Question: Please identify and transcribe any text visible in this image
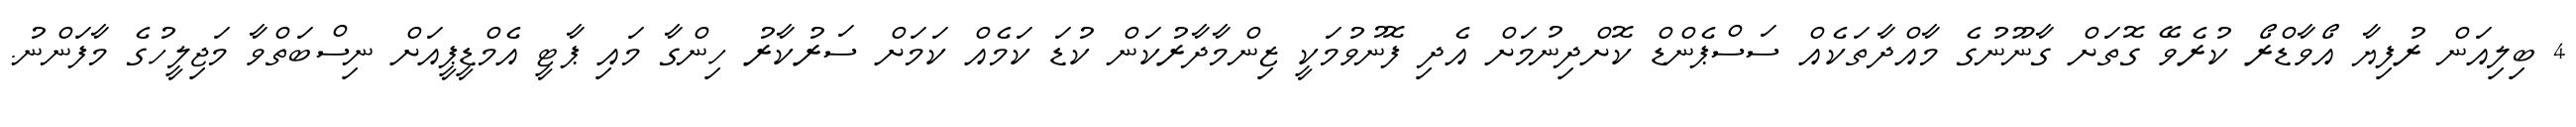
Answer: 4 ބިލިއަން ރުފިޔާ އޯވާޑްރޯ ކުރެވޭ ގޮތަށް ގާނޫނުގެ މާއްދާތަކެއް ސަސްޕެންޑް ކޮށްދިނުމަށް އެދި ފޮނުވުމަކީ ޒިންމާދާރުކަން ކުޑަ ކަމެއް ކަމަށް ސަރުކާރު ހިންގާ މައި ޕާޓީ އެމްޑީޕީއަށް ނިސްބަތްވާ މަޖިލީހުގެ މާފަންނު.